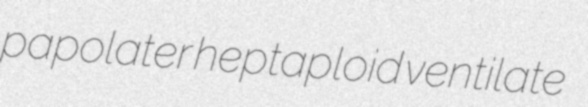
papolater heptaploid ventilate